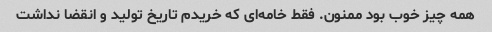
همه چیز خوب بود ممنون. فقط خامه‌ای که خریدم تاریخ تولید و انقضا نداشت